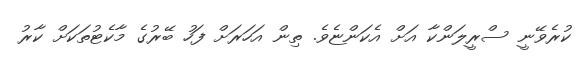
ކުރެވޭނީ ސްރީލަންކާ އަށް އެކަންޏެވެ. ތިން އަހަރަށް ފަހު ބޭރުގެ މާކެޓުތަކަށް ކާރު